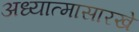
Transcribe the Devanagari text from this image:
अध्यात्मासारखे